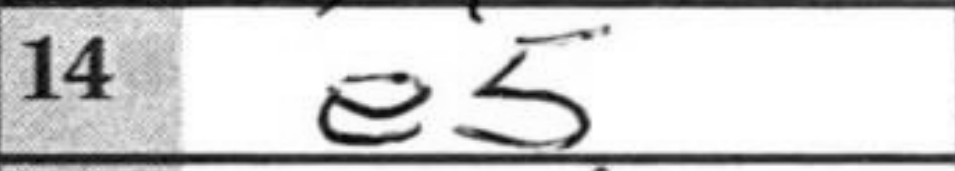
Transcription: e5